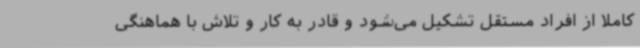
کاملا از افراد مستقل تشکیل می‌شود و قادر به کار و تلاش با هماهنگی